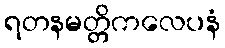
ရတနမတ္တိကလေပနံ